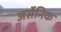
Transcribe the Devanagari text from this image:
अर्सेनिक